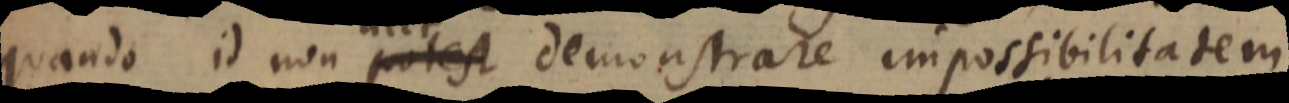
quando id non potest demonstrare impossibilitatem